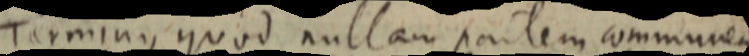
Terminus quod nullam partem communem